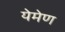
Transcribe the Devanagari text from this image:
येमेण